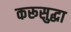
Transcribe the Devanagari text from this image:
करूसुद्धा